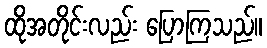
ထိုအတိုင်းလည်း ပြောကြသည်။